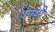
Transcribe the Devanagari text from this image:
येक्स्चे